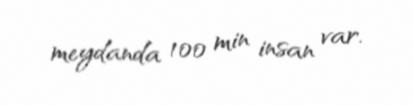
meydanda 100 min insan var.